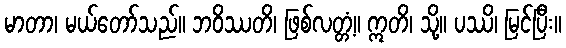
မာတာ၊ မယ်တော်သည်။ ဘဝိဿတိ၊ ဖြစ်လတ္တံ့။ ဣတိ၊ သို့။ ပဿိ၊ မြင်ပြီး။